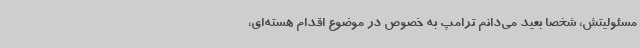
مسئولیتش، شخصا بعید می‌دانم ترامپ به خصوص در موضوع اقدام هسته‌ای،